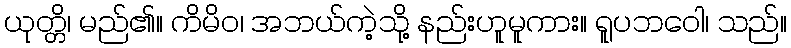
ယုတ္တိ၊ မည်၏။ ကိမိဝ၊ အဘယ်ကဲ့သို့ နည်းဟူမူကား။ ရူပဘဝေါ၊ သည်။